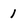
Character: 1